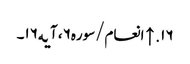
۱۶. ↑ انعام/سوره۶، آیه۱۶۔